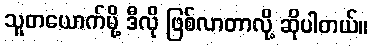
သူတယောက်မို့ ဒီလို ဖြစ်လာတာလို့ ဆိုပါတယ်။